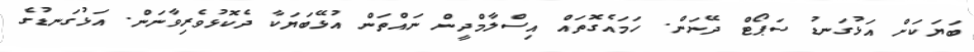
ބަޔަކަށް އަޅުގަނޑު ސަޕޯޓް ދޭނަން. ހަމައެގޮތައް އިސްލާމްދީން ނައްތަން އުޅޭބަޔަކާ ދެކޮޅުވެރިވާނަން. އަޅުގަނޑުގެ